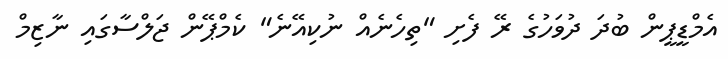
އެމްޑީޕީން ބުދަ ދުވަހުގެ ރޭ ފެށި "ތިހެނެއް ނުކިއޭނެ" ކެމްޕޭން ޖަލްސާގައި ނާޒިމް